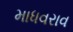
માધવરાવ